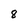
Character: 8